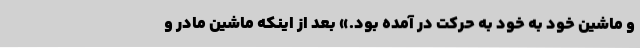
و ماشین خود به خود به حرکت در آمده بود.» بعد از اینکه ماشین مادر و